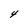
Character: 4